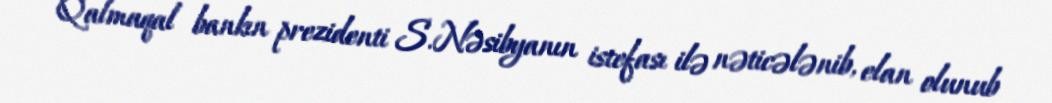
Qalmaqal bankın prezidenti S.Nəsibyanın istefası ilə nəticələnib, elan olunub